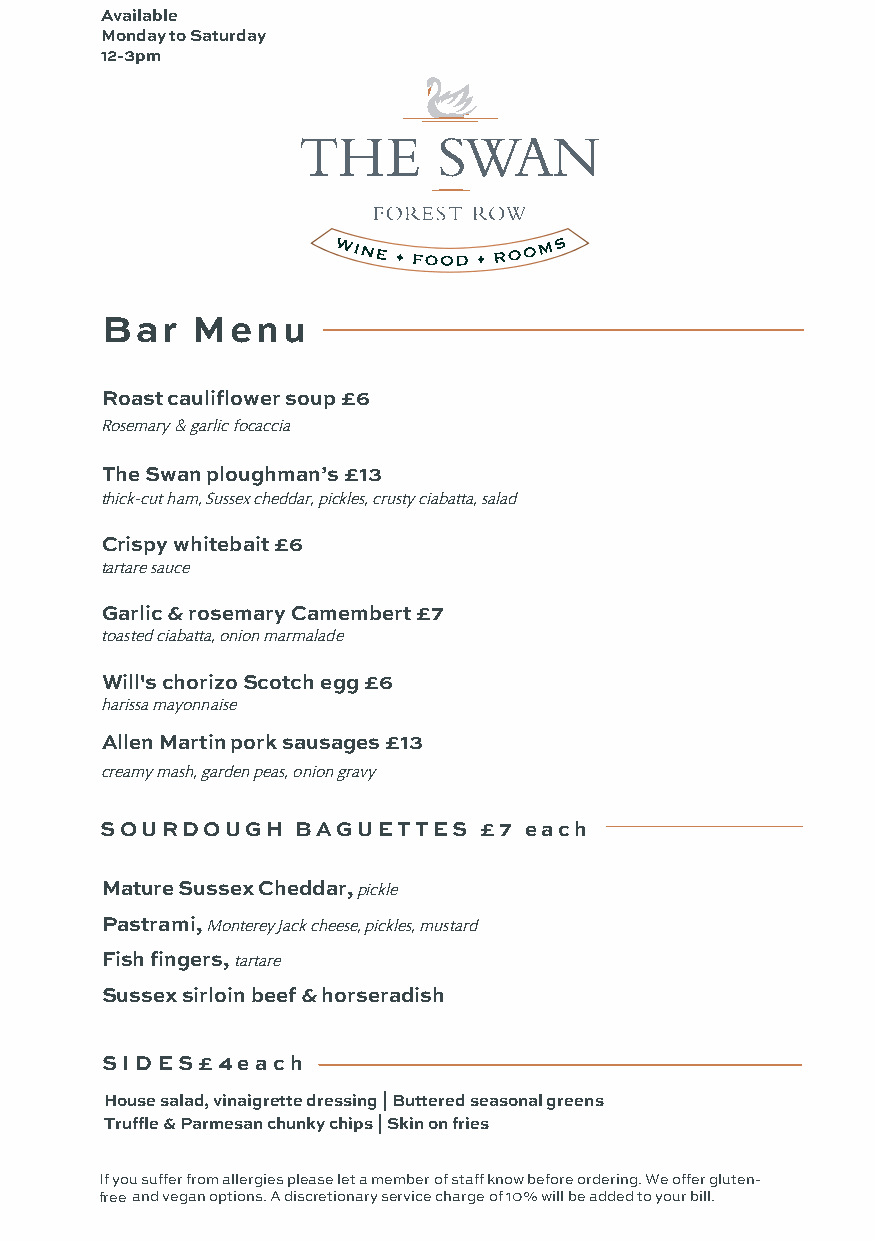
Available
 Monday to Saturday
 12-3pm
 Bar   Menu
 Roast cauliflower soup £6
 Rosemary & garlic focaccia
 The Swan ploughman’s £13
 thick-cut ham, Sussex cheddar, pickles, crusty ciabatta, salad
 Crispy whitebait £6
 tartare sauce
 Garlic & rosemary Camembert £7
 toasted ciabatta, onion marmalade
 Will's chorizo Scotch egg £6
 harissa mayonnaise
 Allen Martin pork sausages £13
 creamy mash, garden peas, onion gravy
 SOURDOUGH    BA GUET TES £7 each
 Mature Sussex Cheddar, pickle
 Pastrami, Monterey Jack cheese, pickles, mustard
 Fish fingers,tartare
 Sussex sirloin beef & horseradish
 SIDES£ 4e ach
 House salad, vinaigrette dressing | Buttered seasonal greens
 Truffle & Parmesan chunky chips | Skin on fries
 If you suffer from allergies please let a member of staff know before ordering. We offer gluten-
 free and vegan options. A discretionary service charge of 10 % will be added to your bill.